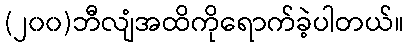
(၂၀၀)ဘီလျံအထိကိုရောက်ခဲ့ပါတယ်။